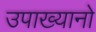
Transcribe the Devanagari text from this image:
उपाख्यानो